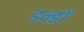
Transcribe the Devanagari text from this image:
डन्डों